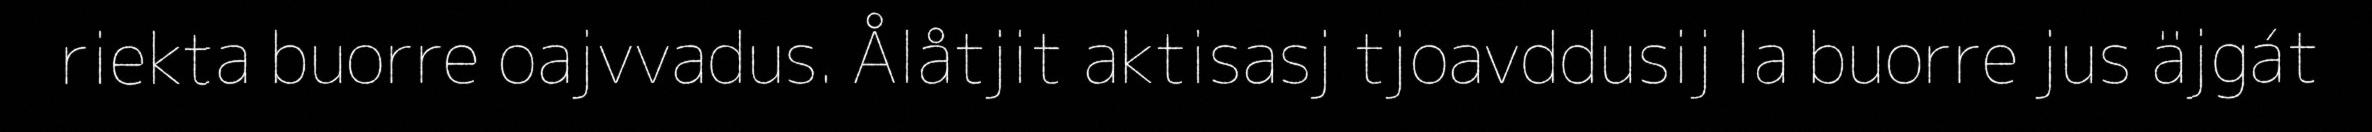
riekta buorre oajvvadus. Ålåtjit aktisasj tjoavddusij la buorre jus äjgát